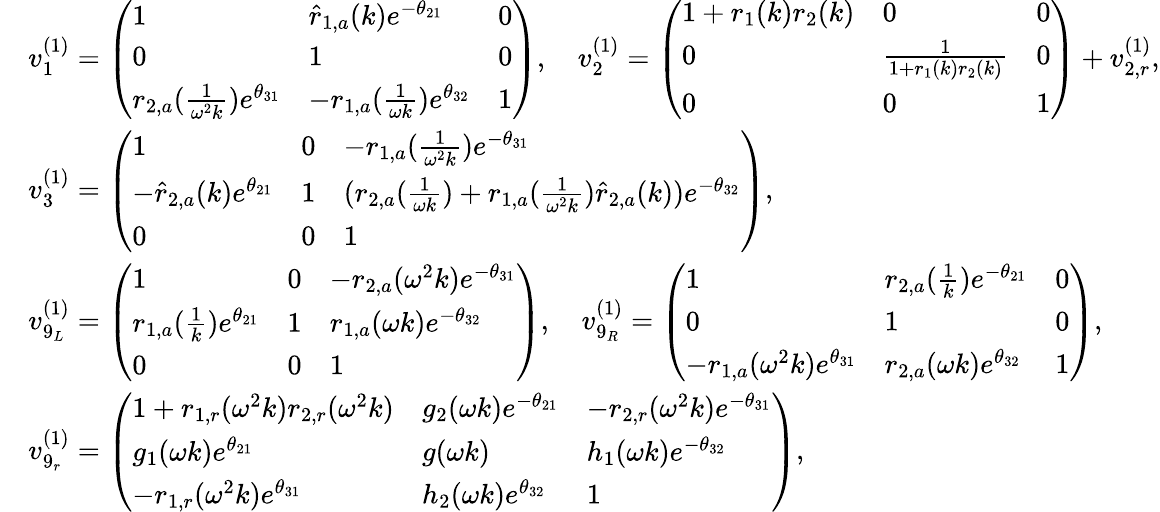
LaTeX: \begin{array}{rl}&{v_{1}^{(1)}=\left(\begin{array}{lll}{1}&{\hat{r}_{1,a}(k)e^{-\theta_{21}}}&{0}\\ {0}&{1}&{0}\\ {r_{2,a}(\frac{1}{\omega^{2}k})e^{\theta_{31}}}&{-r_{1,a}(\frac{1}{\omega k})e^{\theta_{32}}}&{1}\end{array}\right),\quad v_{2}^{(1)}=\left(\begin{array}{lll}{1+r_{1}(k)r_{2}(k)}&{0}&{0}\\ {0}&{\frac{1}{1+r_{1}(k)r_{2}(k)}}&{0}\\ {0}&{0}&{1}\end{array}\right)+v_{2,r}^{(1)},}\\ &{v_{3}^{(1)}=\left(\begin{array}{lll}{1}&{0}&{-r_{1,a}(\frac{1}{\omega^{2}k})e^{-\theta_{31}}}\\ {-\hat{r}_{2,a}(k)e^{\theta_{21}}}&{1}&{(r_{2,a}(\frac{1}{\omega k})+r_{1,a}(\frac{1}{\omega^{2}k})\hat{r}_{2,a}(k))e^{-\theta_{32}}}\\ {0}&{0}&{1}\end{array}\right),}\\ &{v_{9_{L}}^{(1)}=\left(\begin{array}{lll}{1}&{0}&{-r_{2,a}(\omega^{2}k)e^{-\theta_{31}}}\\ {r_{1,a}(\frac{1}{k})e^{\theta_{21}}}&{1}&{r_{1,a}(\omega k)e^{-\theta_{32}}}\\ {0}&{0}&{1}\end{array}\right),\quad v_{9_{R}}^{(1)}=\left(\begin{array}{lll}{1}&{r_{2,a}(\frac{1}{k})e^{-\theta_{21}}}&{0}\\ {0}&{1}&{0}\\ {-r_{1,a}(\omega^{2}k)e^{\theta_{31}}}&{r_{2,a}(\omega k)e^{\theta_{32}}}&{1}\end{array}\right),}\\ &{v_{9_{r}}^{(1)}=\left(\begin{array}{lll}{1+r_{1,r}(\omega^{2}k)r_{2,r}(\omega^{2}k)}&{g_{2}(\omega k)e^{-\theta_{21}}}&{-r_{2,r}(\omega^{2}k)e^{-\theta_{31}}}\\ {g_{1}(\omega k)e^{\theta_{21}}}&{g(\omega k)}&{h_{1}(\omega k)e^{-\theta_{32}}}\\ {-r_{1,r}(\omega^{2}k)e^{\theta_{31}}}&{h_{2}(\omega k)e^{\theta_{32}}}&{1}\end{array}\right),}\end{array}